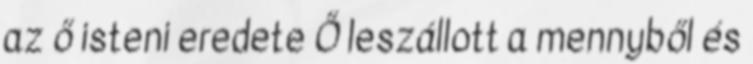
az ő isteni eredete Ő leszállott a mennyből és